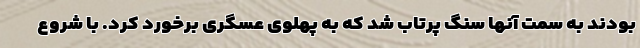
بودند به سمت آنها سنگ پرتاب شد که به پهلوی عسگری برخورد کرد. با شروع